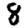
Digit: 8